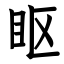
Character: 眍